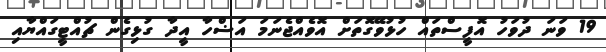
19 ވަނަ ދުވަހު އޮފީސްތައް ހުޅުވޭގޮތަށް އޮވެއްޖެނަމަ އަޟްހާ އީދާ ގުޅިގެން ޗުއްޓީގައްޔާއި